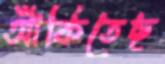
আঁকিতেছ